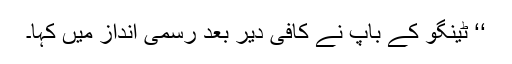
‘‘ ٹینگو کے باپ نے کافی دیر بعد رسمی انداز میں کہا۔